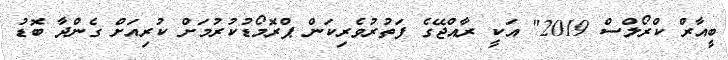
ބީއާރް ކްރޯލްސް 2019" އަކީ ރާއްޖޭގެ ފަތުރުވެރިކަން ޕްރޮމޯޑުކުރުމަށް ކުރިއަށް ގެންދާ ބޮޑު